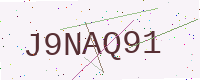
Text: J9NAQ91